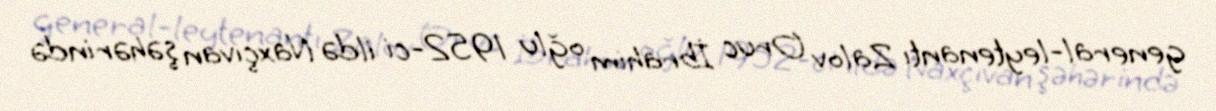
general-leytenantı Zalov Oruc İbrahim oğlu 1952-ci ildə Naxçıvan şəhərində